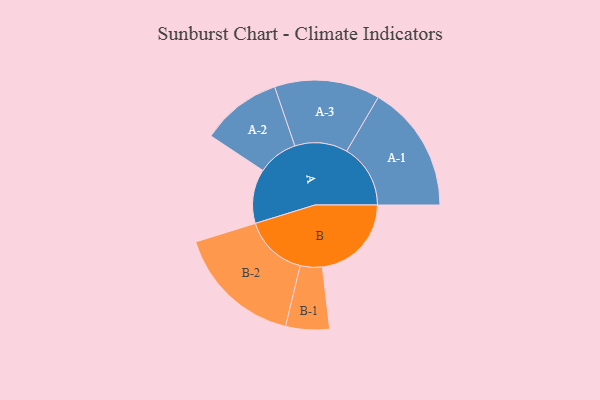
{"axis": {"x": "Segment", "y": "Value"}, "legend": ["", "A", "B"], "data": [{"x": "A", "y": 251, "type": ""}, {"x": "B", "y": 412, "type": ""}, {"x": "A-1", "y": 295, "type": "A"}, {"x": "A-2", "y": 186, "type": "A"}, {"x": "A-3", "y": 244, "type": "A"}, {"x": "B-1", "y": 101, "type": "B"}, {"x": "B-2", "y": 293, "type": "B"}]}